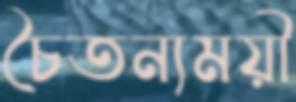
চৈতন্যময়ী